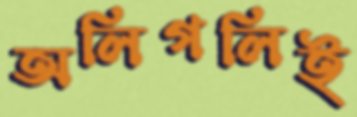
অলিগলিই